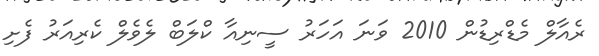
ރެއާލް މެޑްރިޑުން 2010 ވަނަ އަހަރު ސީނިއާ ކްލަބް ލެވެލް ކެރިއަރު ފެށި